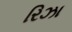
રિઝા